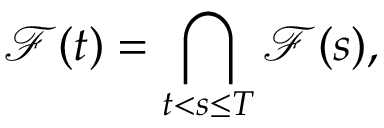
{ \mathcal { F } } ( t ) = \bigcap _ { t < s \leq T } { \mathcal { F } } ( s ) ,